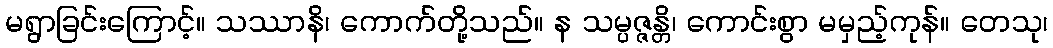
မရွာခြင်းကြောင့်။ သဿာနိ၊ ကောက်တို့သည်။ န သမ္ပဇ္ဇန္တိ၊ ကောင်းစွာ မမှည့်ကုန်။ တေသု၊